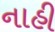
નાહી